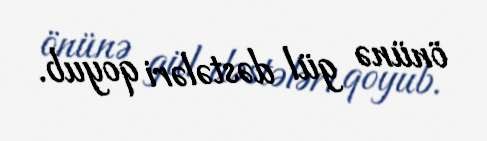
önünə gül dəstələri qoyub.